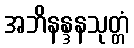
အဘိနန္ဒနသုတ္တံ